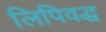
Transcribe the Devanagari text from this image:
लिपिवद्ध